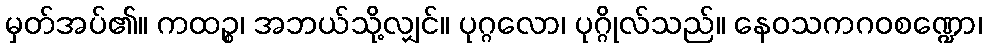
မှတ်အပ်၏။ ကထဉ္စ၊ အဘယ်သို့လျှင်။ ပုဂ္ဂလော၊ ပုဂ္ဂိုလ်သည်။ နေဝသကဂဝစဏ္ဍော၊